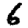
Digit: 6